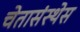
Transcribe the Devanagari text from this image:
चेतासंस्थेस